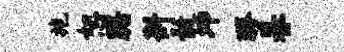
施恕踞斟髓坤醪暮